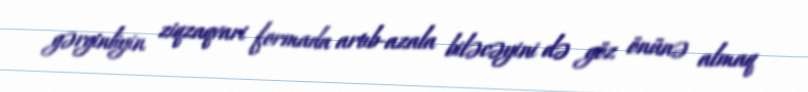
gərginliyin ziqzaqvari formada artıb-azala biləcəyini də göz önünə almaq